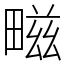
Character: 㽧